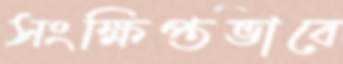
সংক্ষিপ্তভাবে